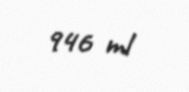
946 ml